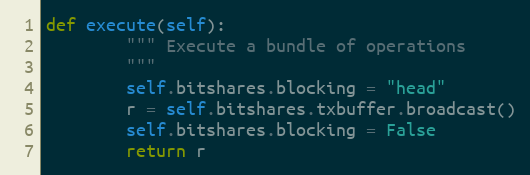
Language: Python
def execute(self):
        """ Execute a bundle of operations
        """
        self.bitshares.blocking = "head"
        r = self.bitshares.txbuffer.broadcast()
        self.bitshares.blocking = False
        return r